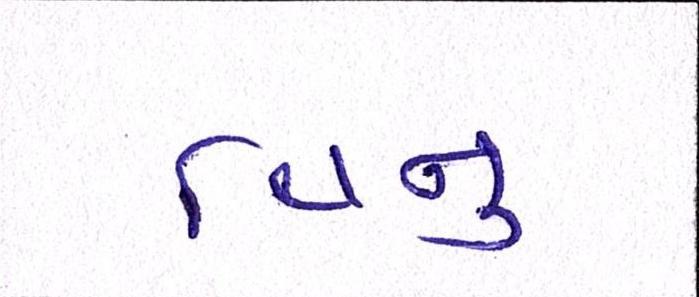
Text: વિનુ